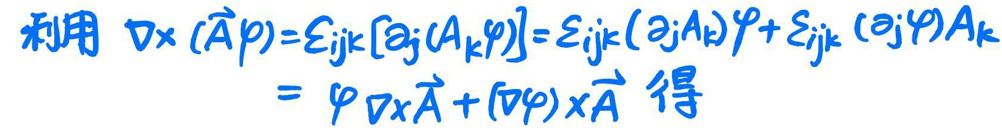
利用\( \nabla\times(\vec{A}\varphi)=\varepsilon_{ijk}[\partial_j(A_k\varphi)]=\varepsilon_{ijk}(\partial_jA_k)\varphi+\varepsilon_{ijk}(\partial_j\varphi)A_k\)\\
\(=\varphi\nabla\times\vec{A}+(\nabla\varphi)\times\vec{A} \)得